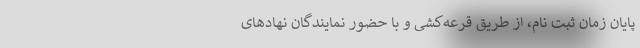
پایان زمان ثبت نام، از طریق قرعه‌کشی و با حضور نمایندگان نهادهای